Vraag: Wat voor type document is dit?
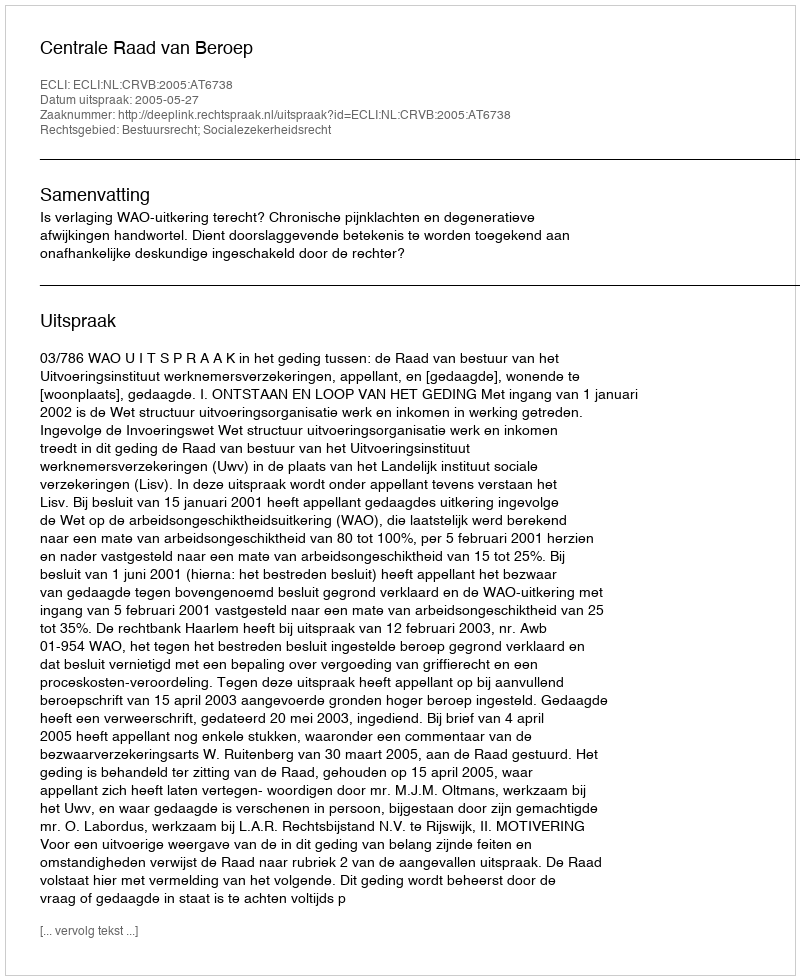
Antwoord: Uitspraak